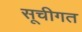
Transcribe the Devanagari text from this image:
सूचीगत